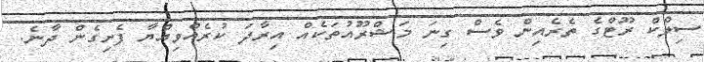
ސިލްކް ރޫޓްގެ ތެރެއިން ވެސް ގިނަ މަޝްރޫއުތަކެއް އިރާދަ ކުރެއްވިއްޔާ ފެށިގެން ދާނެ.